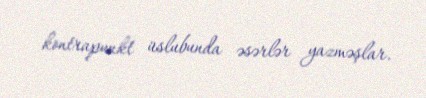
kontrapunkt üslubunda əsərlər yazməşlar.